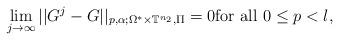
LaTeX: \begin{align*}\lim_{j\rightarrow \infty}||G^j-G||_{p,\alpha;\Omega^*\times \mathbb{T}^{n_2},\Pi}=0 {\rm for \,\, all} \,\, 0\leq p<l,\end{align*}